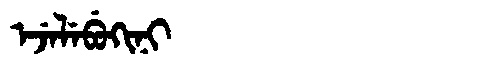
Manchu: ᡝᠵᡝᠯᡝᠪᡠᡴᡳᠨᡳ
Romanization: EJELEBUKINI